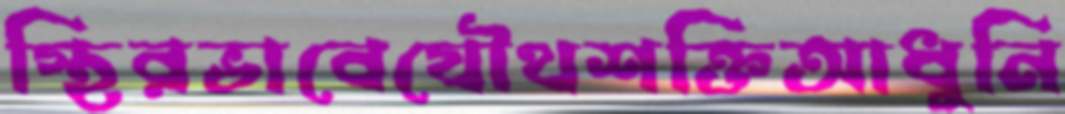
স্থিরভাবেযৌথশক্তিআধুনি